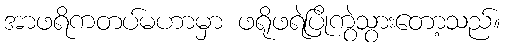
အာဖရိကတပ်မဟာမှာ ဖရိုဖရဲပြိုကွဲသွားတော့သည်။